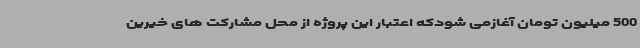
500 میلیون تومان آغازمی شودکه اعتبار این پروژه از محل مشارکت های خیرین